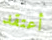
أعتقد